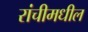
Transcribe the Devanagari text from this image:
रांचीमधील